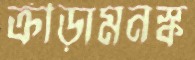
ক্রীড়ামনস্ক